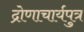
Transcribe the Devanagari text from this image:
द्रोणाचार्यपुत्र